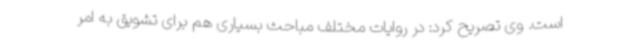
است. وی تصریح کرد: در روایات مختلف مباحث بسیاری هم برای تشویق به امر